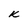
Character: k